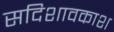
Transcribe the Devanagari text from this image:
सदिशावकाश